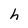
Character: h